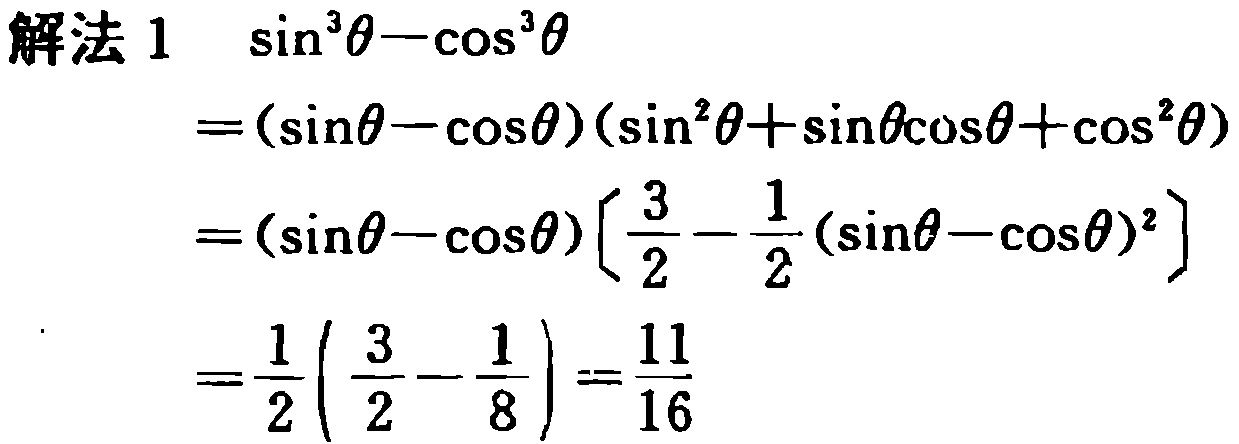
```
解法 1 $\sin^{3}\theta-\cos^{3}\theta$
$=(\sin\theta - \cos\theta)(\sin^{2}\theta+\sin\theta\cos\theta+\cos^{2}\theta)$
$=(\sin\theta - \cos\theta)\left[\frac{3}{2}-\frac{1}{2}(\sin\theta - \cos\theta)^{2}\right]$
$=\frac{1}{2}\left(\frac{3}{2}-\frac{1}{8}\right)=\frac{11}{16}$
```